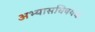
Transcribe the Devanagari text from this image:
अभ्यासविषयक